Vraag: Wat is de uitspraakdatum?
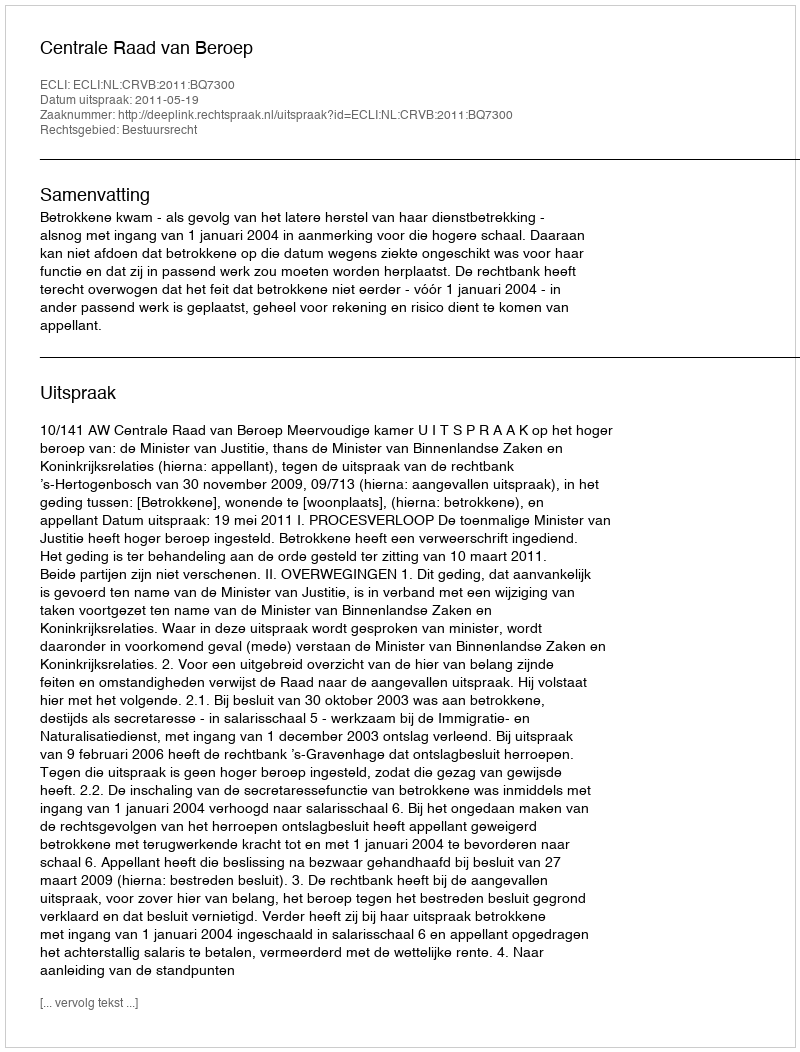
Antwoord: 2011-05-19